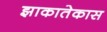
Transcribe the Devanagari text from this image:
झाकातेकास